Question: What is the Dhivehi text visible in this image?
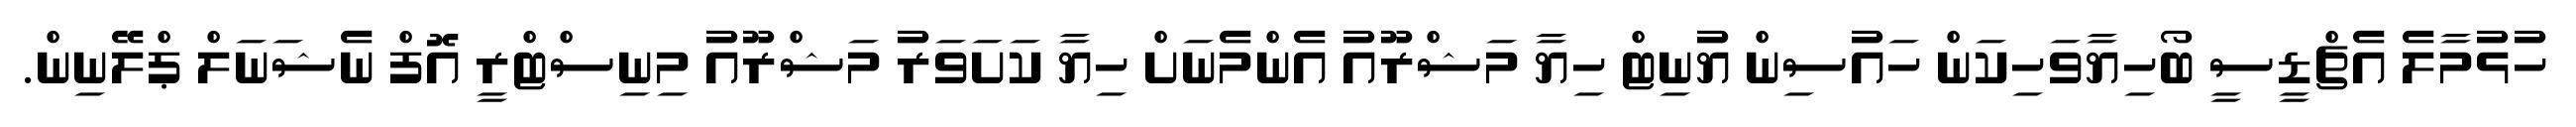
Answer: ހުޅުމާލެ އެޗްޑީސީ ބޯހިޔާވަހިކަން ހައުސިން ޔުނިޓް ހިޔާ މަޝްރޫއު އެންމެނަށް ހިޔާ ކަށަވަރު މަޝްރޫއު މިނިސްޓްރީ އޮފް ނެޝަނަލް ޕްލޭނިން.